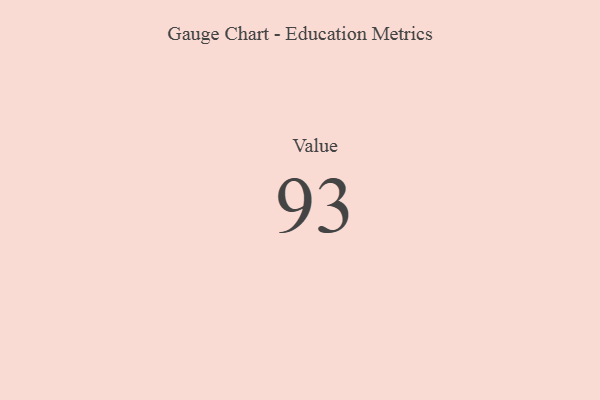
{"axis": {"x": "Metric", "y": "Value"}, "legend": [""], "data": [{"x": "Value", "y": 93, "type": ""}]}